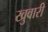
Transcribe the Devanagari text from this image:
खुवारी